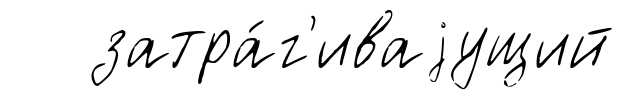
затра́г'иваjущий